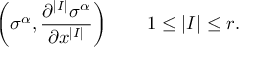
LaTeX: \left( \sigma ^ { \alpha } , { \frac { \partial ^ { | I | } \sigma ^ { \alpha } } { \partial x ^ { | I | } } } \right) \qquad 1 \leq | I | \leq r .